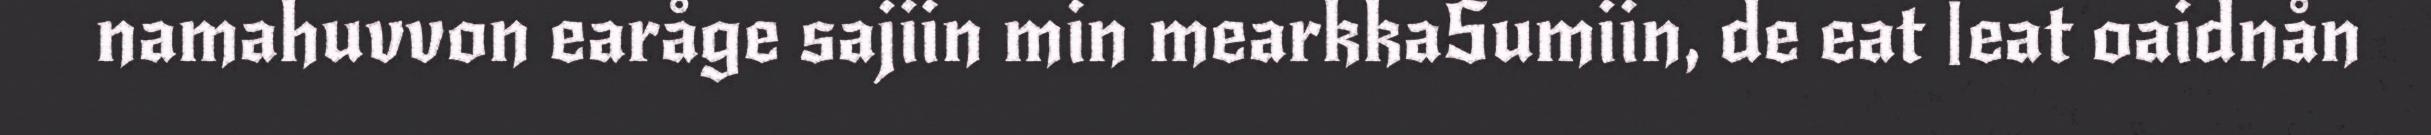
namahuvvon earåge sajiin min mearkkaSumiin, de eat |eat oaidnån